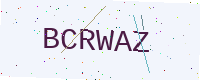
Text: BCRWAZ